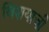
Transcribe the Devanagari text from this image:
विशयाची